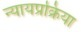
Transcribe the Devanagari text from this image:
न्यायप्रक्रिया